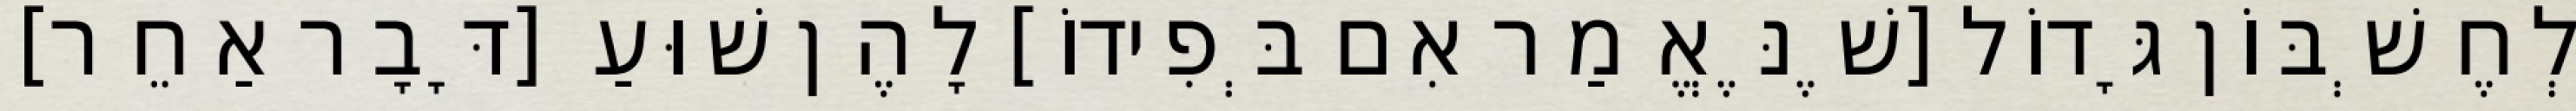
לְחֶשְׁבּוֹן גָּדוֹל [שֶׁנֶּאֱמַר אִם בְּפִידוֹ] לָהֶן שׁוּעַ [דָּבָר אַחֵר]